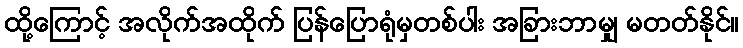
ထို့ကြောင့် အလိုက်အထိုက် ပြန်ပြောရုံမှတစ်ပါး အခြားဘာမျှ မတတ်နိုင်။